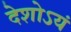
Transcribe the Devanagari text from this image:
देशोऽयं